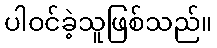
ပါဝင်ခဲ့သူဖြစ်သည်။